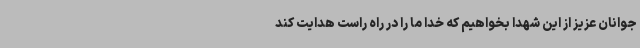
جوانان عزیز از این شهدا بخواهیم که خدا ما را در راه راست هدایت کند